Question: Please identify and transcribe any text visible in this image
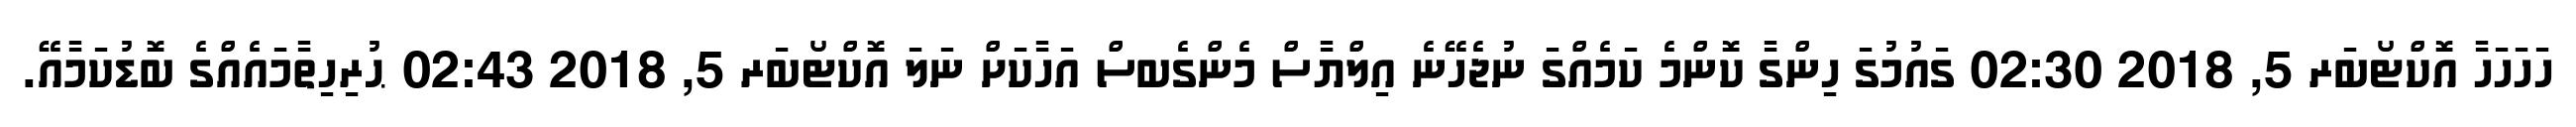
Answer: ހަހަހަހާ އޮކްޓޯބަރ 5, 2018 02:30 ގައުމުގަ ހިންގާ ކޮންމެ ކަމެއްގަ ނުޖެހޭނެ އިލްޔާސް މެންގެބސް އަހާކަށް ނަލަ އޮކްޓޯބަރ 5, 2018 02:43 ޙުރިހިތާމައެއްގެ ބޮޑުކަމާއޭ.